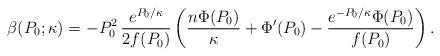
LaTeX: \begin{align*} \beta(P_0;\kappa) = -P_0^2\, \frac{e^{P_0/\kappa}}{2f(P_0)} \left(\frac{n \Phi(P_0)}{\kappa } + \Phi'(P_0) -\frac{e^{-P_0/\kappa} \Phi(P_0) }{ f(P_0)}\right).\end{align*}